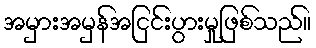
အမှားအမှန်အငြင်းပွားမှုဖြစ်သည်။